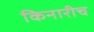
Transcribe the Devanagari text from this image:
किनारीच